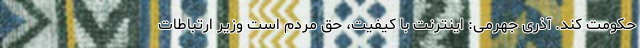
حکومت کند. آذری جهرمی: اینترنت با کیفیت، حق مردم است وزیر ارتباطات